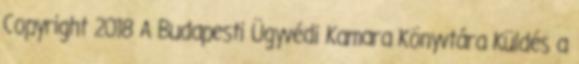
Copyright 2018 A Budapesti Ügyvédi Kamara Könyvtára Küldés a